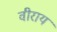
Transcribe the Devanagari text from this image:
वीराय